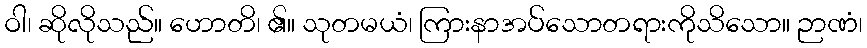
ဝါ၊ ဆိုလိုသည်။ ဟောတိ၊ ၏။ သုတမယံ၊ ကြားနာအပ်သောတရားကိုသိသော။ ဉာဏံ၊